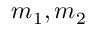
m _ { 1 } , m _ { 2 }